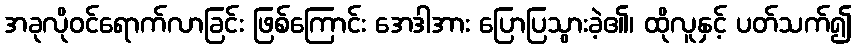
အခုလိုဝင်ရောက်လာခြင်း ဖြစ်ကြောင်း အေဒါအား ပြောပြသွားခဲ့၏၊ ထိုလူနှင့် ပတ်သက်၍